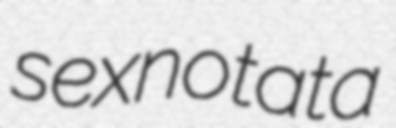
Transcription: sexnotata